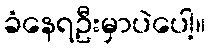
ခံနေရဦးမှာပဲပေါ့။